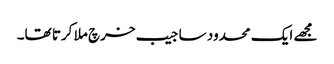
مجھے ایک محدود سا جیب خرچ ملا کرتا تھا۔